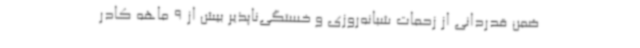
ضمن قدردانی از زحمات شبانه‌روزی و خستگی‌ناپذیر بیش از 9 ماهه کادر